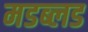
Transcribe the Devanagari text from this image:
मडब्लड